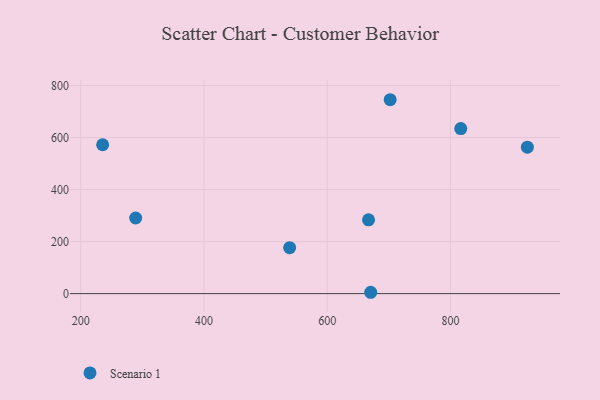
{"axis": {"x": "Price", "y": "Demand"}, "legend": ["Scenario 1"], "data": [{"x": "924.7", "y": 563.2, "type": "Scenario 1"}, {"x": "289.2", "y": 290.8, "type": "Scenario 1"}, {"x": "539.0", "y": 176.5, "type": "Scenario 1"}, {"x": "702.1", "y": 745.6, "type": "Scenario 1"}, {"x": "816.6", "y": 634.5, "type": "Scenario 1"}, {"x": "235.6", "y": 572.5, "type": "Scenario 1"}, {"x": "667.0", "y": 283.9, "type": "Scenario 1"}, {"x": "670.5", "y": 5.1, "type": "Scenario 1"}]}